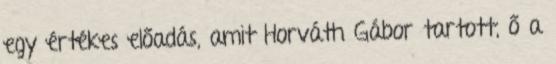
egy értékes előadás, amit Horváth Gábor tartott, ő a